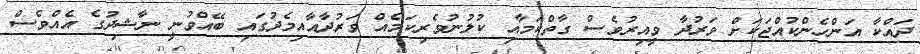
ދައްކާ އަންހެންކުއްޖަކަށް ވަރުދާ ވީއިރުވެސް ގާތްކަމާއި ކުލުނުވެރިކަމެއް ވަރުދާއާއިމެދުގައި ބޭއްވުނީ ނާޝިދުގެ އެއްވެސް